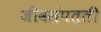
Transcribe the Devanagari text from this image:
जीवसंपत्ती